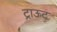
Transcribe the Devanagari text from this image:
ट्राऊट